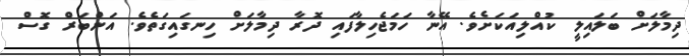
ދިމާލަށް ބަލައިލީ ކުއްލިއަކަށެވެ. އޭނާ ހަމަޖެހިލާފައި ދޮރާ ދިމާލަށް ހިނގައިގަތެވެ. އަންބަރް ގޮސް